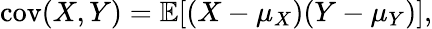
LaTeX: \operatorname{cov}(X,Y)=\operatorname{\mathbb{E}}[(X-\mu_{X})(Y-\mu_{Y})],